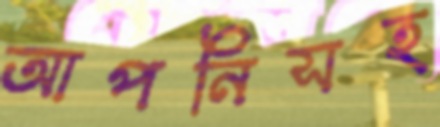
আপনিসহ